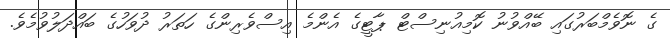
ގެ ނޮވެމްބަރުގައި ބޭއްވުނު ކޮމިއުނިސްޓް ޕާޓީގެ އެންމެ އިސްވެރިންގެ ހަތަރު ދުވަހުގެ ބައްދަލުވުމެވެ.